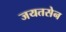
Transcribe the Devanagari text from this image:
जयतसेन